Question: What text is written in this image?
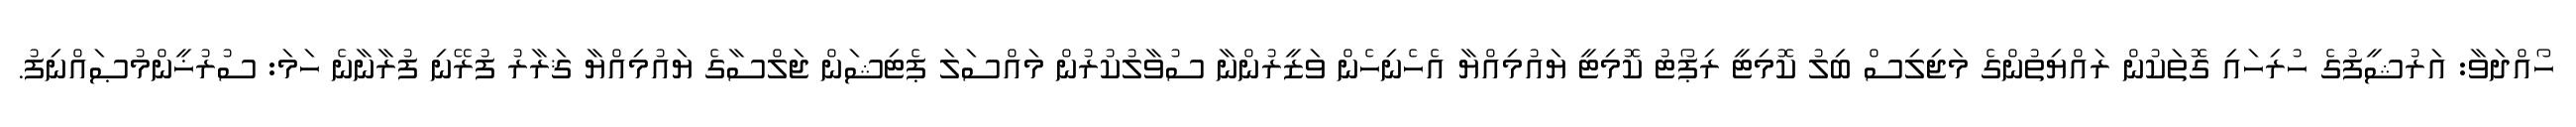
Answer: ހޯއްދަވާ: އަރުޝީފުގެ ހުރިހައި ގޮތަކުން ރައްޔިތުންގެ މަޖިލިސް ބިލު ކޮމިޓީ ރިޕޯޓު ކޮމިޓީ ޔައުމިއްޔާ އެހެނިހެން ވަޒީރުންނާ ސުވާލުކުރުން މައްސަލަ ޕެޓިޝަން ޖަލްސާގެ ޔައުމިއްޔާ ޤަރާރު ފުރޭނި ފުރާނާނެ ހަމަ: ސުރުޚީންމުޞައްނިފު.